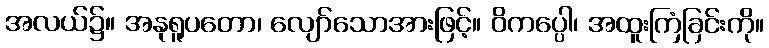
အလယ်၌။ အနုရူပတော၊ လျော်သောအားဖြင့်။ ဝိကပ္ပေါ၊ အထူးကြံခြင်းကို။